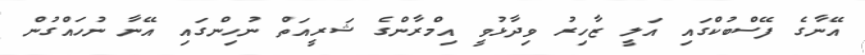
އޭނާގެ ފޭސްބުކްގައި އަލީ ޒާހިރު ވިދާޅުވީ އިމްރާންގެ ޝަރީއަތް ނުހިންގައި އޭނާ ނުހައްގުން